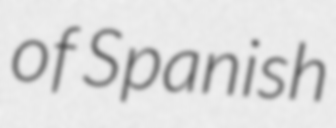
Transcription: of Spanish